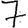
Digit: 7